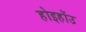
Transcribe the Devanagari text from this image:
होइहोंउ